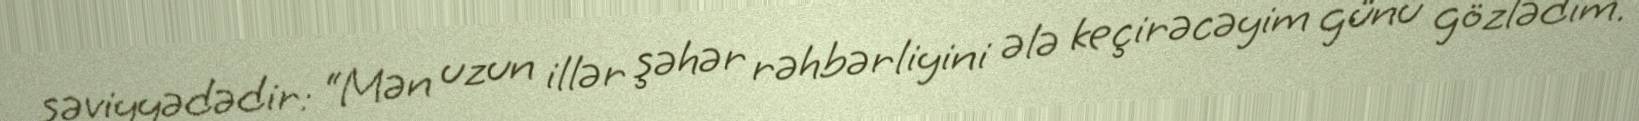
səviyyədədir: “Mən uzun illər şəhər rəhbərliyini ələ keçirəcəyim günü gözlədim.